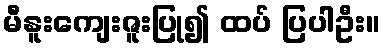
မီနူးကျေးဇူးပြု၍ ထပ် ပြပါဦး။